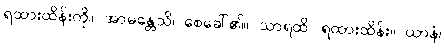
ရထားထိန်းကို။ အာမန္တေသိ၊ စေခေါ်၏။ သာရထိ၊ ရထားထိန်း။ ယာနံ၊